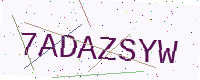
Text: 7ADAZSYW